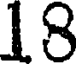
18